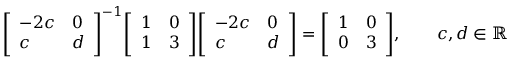
{ \left[ \begin{array} { l l } { - 2 c } & { 0 } \\ { c } & { d } \end{array} \right] } ^ { - 1 } { \left[ \begin{array} { l l } { 1 } & { 0 } \\ { 1 } & { 3 } \end{array} \right] } { \left[ \begin{array} { l l } { - 2 c } & { 0 } \\ { c } & { d } \end{array} \right] } = { \left[ \begin{array} { l l } { 1 } & { 0 } \\ { 0 } & { 3 } \end{array} \right] } , \qquad c , d \in \mathbb { R }